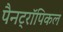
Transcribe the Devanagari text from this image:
पैनट्रॉपिकल